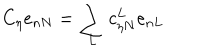
LaTeX: C _ { \eta } e _ { n N } = \sum _ { L } c _ { \eta N } ^ { L } e _ { n L }